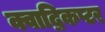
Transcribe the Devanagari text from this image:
क्वाद्रिकप्टर